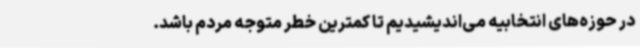
در حوزه‌های انتخابیه می‌اندیشیدیم تا کمترین خطر متوجه مردم باشد.